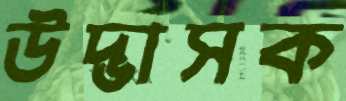
উদ্ভাসক